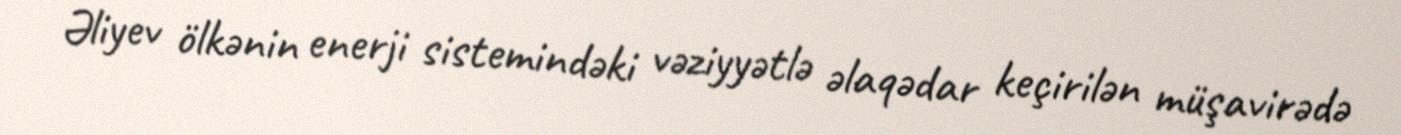
Əliyev ölkənin enerji sistemindəki vəziyyətlə əlaqədar keçirilən müşavirədə